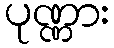
ပုဏ္ဏား